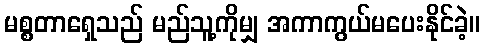
မစ္စတာရှေသည် မည်သူ့ကိုမျှ အကာကွယ်မပေးနိုင်ခဲ့။